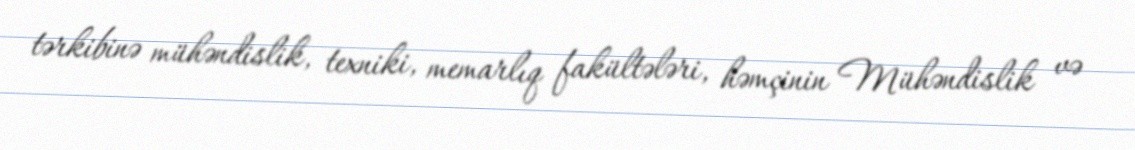
tərkibinə mühəndislik, texniki, memarlıq fakültələri, həmçinin Mühəndislik və